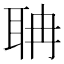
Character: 聃